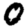
Digit: 0